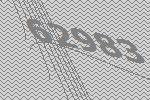
62983